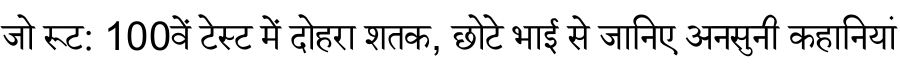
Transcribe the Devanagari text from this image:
जो रूट: 100वें टेस्ट में दोहरा शतक, छोटे भाई से जानिए अनसुनी कहानियां